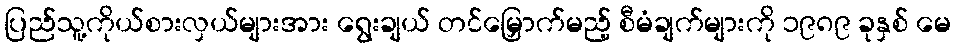
ပြည်သူ့ကိုယ်စားလှယ်များအား ရွေးချယ် တင်မြှောက်မည့် စီမံချက်များကို ၁၉၈၉ ခုနှစ် မေ